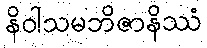
နိဝါသမဘိဇာနိဿံ